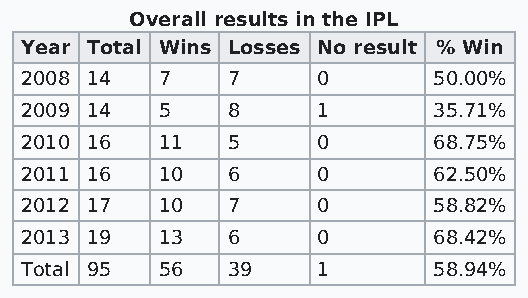
Overall results in the IPL
 Year Total Wins Losses No result % Win
 2008 14  7    7     0       50.00%
 2009 14  5    8     1       35.71%
 2010 16  11   5     0       68.75%
 2011 16  10   6     0       62.50%
 2012 17  10   7     0       58.82%
 2013 19  13   6     0       68.42%
 Total 95 56   39    1       58.94%